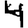
Digit: 4